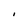
Character: I